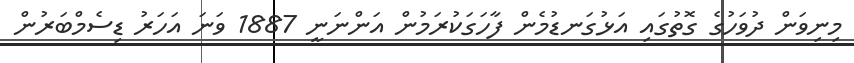
މިނިވަން ދުވަހުގެ ގޮތުގައި އަޅުގަނޑުމެން ފާހަގަކުރަމުން އަންނަނީ 1887 ވަނަ އަހަރު ޑިސެމްބަރުން